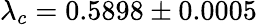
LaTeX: \lambda_{c}=0.5898\pm 0.0005